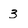
Character: 3